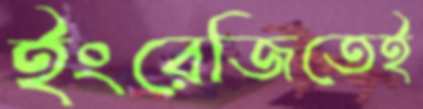
ইংরেজিতেই